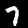
Digit: 7